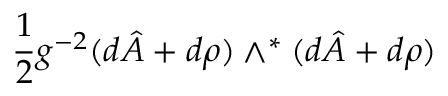
\frac { 1 } { 2 } g ^ { - 2 } ( d \hat { A } + d \rho { } ) \wedge ^ { * } ( d \hat { A } + d \rho { } )